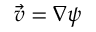
\vec { v } = \nabla \psi